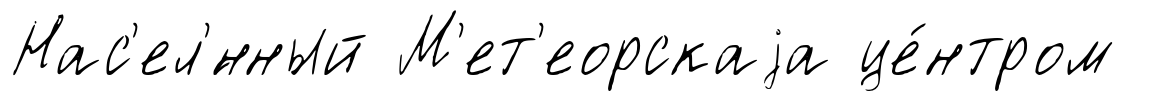
Нас'ел'́нный М'ет'еорскаjа це́нтром